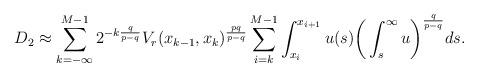
LaTeX: \begin{align*}D_2 \approx \sum_{k=-\infty}^{M-1} 2^{-k\frac{q}{p-q}} V_r(x_{k-1},x_k)^{\frac{pq}{p-q}} \sum_{i= k}^{M-1} \int_{x_i}^{x_{i+1}} u(s) \bigg(\int_{s}^{\infty} u\bigg)^{\frac{q}{p-q}} ds.\end{align*}